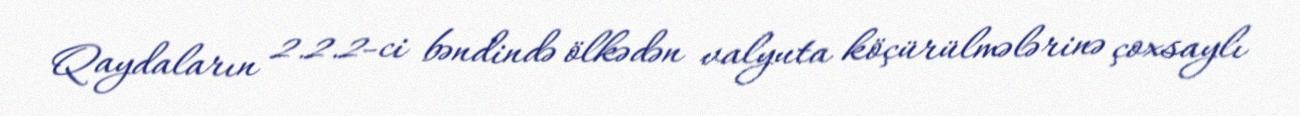
Qaydaların 2.2.2-ci bəndində ölkədən valyuta köçürülmələrinə çoxsaylı